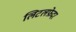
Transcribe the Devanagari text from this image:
लिटलफ़ेदर